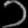
Digit: ၁